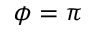
\phi = \pi